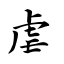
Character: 虐